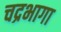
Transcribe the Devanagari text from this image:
चद्रभागा